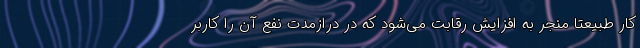
کار طبیعتا منجر به افزایش رقابت می‌شود که در درازمدت نفع آن را کاربر